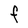
Character: F